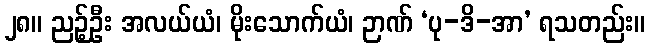
၂၈။ ညဉ့်ဦး အလယ်ယံ၊ မိုးသောက်ယံ၊ ဉာဏ် ‘ပု-ဒိ-အာ’ ရသတည်း။